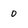
Character: o